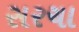
સરચા